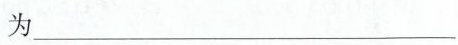
为___